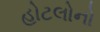
હોટલોનો